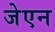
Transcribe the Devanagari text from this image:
जेएन